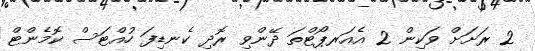
2 ރަށަަށް ވަކިން 2 އެއަރޕޯޓްތަ ދޭންވި ރޮދި ކެނޑިފަ ހުއްޓަސް ކޮމެންޓް